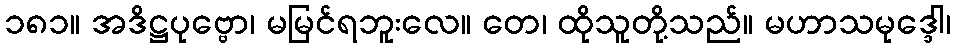
၁၈၁။ အဒိဋ္ဌပုဗ္ဗော၊ မမြင်ရဘူးလေ။ တေ၊ ထိုသူတို့သည်။ မဟာသမုဒ္ဒေါ၊